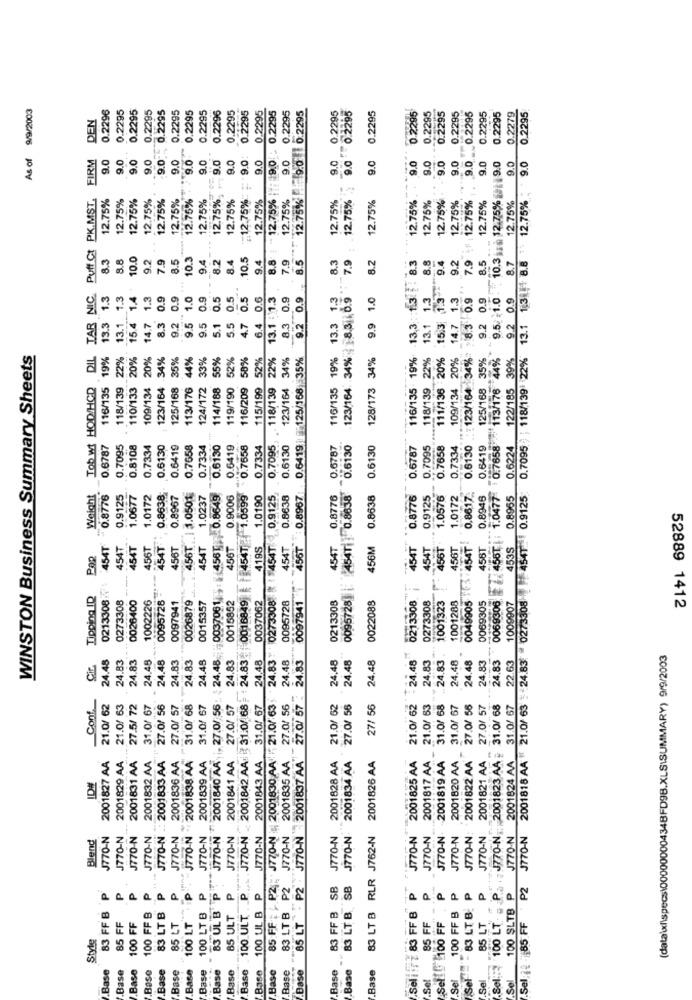
9/9/2003
0.2296
0.2295
0.2295
9.0 - 0.2295
0.2295
0.2296
0.2295
0.2295
12.75% - 9.0 : 0.2295
9.0 0.2295
12.75% 9.0 0.2295
12.75% 9.0 0.2295
0.2295
0.2295
0.2295
0.2295
DEN
0.2295
0.2295
0.2295
0.2295
0.2295
0.2295
0.2295
0.2295
0.2295
0.2295
0.2279
As of
FIRM
9.0
9.0
9.0
9.0
9.0
12.75% 9.0
9.0
12.75% 9.0
9.0
:12.75% = 9.0
9.0
9.0
9.0
9.0
9.0
9.0
9.0
9.0
9.0
9.0
9.0
9.5/ 1.0 . 10.3 . 12.75% 9.0
..
Puff Ct PK.MST.
12.75%
12.75%
12.75%
12.75%
12.75%
12.75%
12.75%
12.75%
12.75%
12.75%
12.75%
12.75%
12.75% .
12.75%
12.75%
12.75%
12.75%
12.75%
if : 12.75%
12.75%
0.7095; ; 118/139 22% 13.1 1:3 41 8.8
8.3
9.8
10.0
9.2
7.9
8.5
10.3
9.4
8.2
8.4
10.5
9.4
8.8
8.3
7.9
8.2
13.3 :: 1.3 . 8.3
8.8
9.4
9.2
7.9
8.5
8.7
7.9
8.5
15.3 1.3"
13.1 1.3
Weight Tob wt HOD/HCD DIL TAR NIC.
1.3
13.1 1.3
15.4 1.4
14.7 1.3
8.3 0.9
9.2 0.9
9.5 1.0
9.5 0.9
5.1 0.5
0.5
0.5
6.4 0.6
13.1 -11.3
8.3 0.9
0.6419 :125/168 35% 9.2 0.9
13.3 1.3
123/164: 34% 8.3 0.9
9.9 1.0
14.7 1.3
123/164 34% 8.3 0.9
9.2 0.9
9.2 0.9
13.3
5.5
4.7
WINSTON Business Summary Sheets
19%
22%
20%
109/134 20%
.34%
35%
113/176 44%
124/172 33%
114/188 55%
52%
116/209 58%
52%
. 118/139 22%
123/164 34%
116/135 19%
128/173 34%
116/135 - 19%
118/139 22%
111/136 20%
109/134 20%
125/168 35%
0069306 456T : 1.0477 0.7658 113/176 44%
122/185 39%
116/135
118/139
110/133
123/164
125/168
119/190
115/199
0.6787
0.7095
0.8108
0.7334
0.6130
0.6419
0.7658
0.7334
0.6130
0.6419
0.7658
0.7334
0.7095
0.6130
0.6787
0095728 : 4541 0.8638 0.6130
0.6130
0.6787
0.7095
0.7658
0.7334
0.6130
0.6419
0.6224
0.8617.
0.8776
0.9125
1.0677
1.0172
0.8638
0.8967
456T 1 1.0501
1.0237
J770-N 2001840 AA , 27.0/ 56: 24,48 0037061 4: 45610.8649
0.9006
0018849 45471.0599
1.0190
0.9125
0.8638
0.8967
0.8776
0.8638
0.8776
0.9125
1.0576
1.0172
0.8946
0.8965
2001818 AA " 21.0/ 63 24.83. 0273308 4541 0.9125
454T
0273308 | 454T
454T
454T
454T
456T
454T
456T
456T
419S
454T
456T
454T
456M
454T
154T
456T
456T
0049905 5 454T
456T
453S
POR
0213308
0097941
Tipping ID
0273308
0026400
1002226
0095728
0097941
0026879
0095728
0022088
0213308
--
1001323
1001288
0069305
0015357
0015852
0037062
0213308
0273308
1009907
52889 1412
24.48
24.83
24.83
24.48
24.48
24.83
24.83
24.48
24.83
2001842 AA: 31.0/ 68; + 24.83
24.48
J770-N | 2001830 AA . 21.0/ 63 . 24.83
24.48
27.0/ 57 : 24.83
24,48
24.48
24,48
21.0/ 62 - 24.48
24.83
31.0/ 68 24.83 .
24.48
24.48
24.83
24.83
22.63
Cit
31.0/ 67
Conf.
21.0/ 62
21.0/ 63
27.5/ 72
31.0/ 67
27.0/ 56
27.0/ 57
31.0/ 68
27.0/ 57
31.0/ 67
2001835 AA 27.0/ 56
21.0/ 62
27.0/ 56
27/ 56
21.0/ 63
31.0/ 67
27.0/ 56
27.0/ 57
-J770-N ., 2001823 AA - 31.0/ 68
31.0/ 67
2001827 AA
2001831 AA
2001832 AA
J770-N .: 2001833 AA
J770-N -2001838 AA
2001839 AA
2001841 AA
85 LT - P2 . J770-N 2001837 AA
2001825 AA
2001817 AA
2001819 AA
2001820 AA
2001822 AA
2001821 AA
2001824 AA
2001829 AA
2001836 AA
2001843 AA
2001828 AA
J770-N 2001834 AA
2001826 AA
IDE
J770-N.
J770-N:
Blend
J770-N
J770-N
J770-N
J770-N
J770-N
J770-N
J770-N
J770-N
J770-N
J770-N
J770-N
83 LT B RLR J762-N
J770-N
J770-N
J770-N
J770-N
J770-N
J770-N
83 UL B P
85 FF P2-
100 ULT . P.
83 LT B P2
83 FF B SB
83 LT B SB
P
P.
Sel:12 - 85 FF P2
P
P
P
P
100 UL B P
P
P
P
.Sel :$ 100 LT P
100 SLTB P
83 FF B
Seli: 83 FF B
.100 FF B
Sel - - 83 LT B.
85 FF
100 FF B
83 LT B
100 LT B
85 ULT
100 FF
85 LT
100 LT
85 FF
Sell 100 FF
85 LT
Style
Base
Base
Base
.Base
.Base
Base
Base
ase
Base
Base
.Base
.Base
.Base
Bas
Base
,Base
Base
Base
Sel
Sel
Sel
Sel